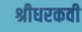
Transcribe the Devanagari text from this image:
श्रीधरकवी